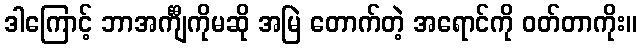
ဒါကြောင့် ဘာအင်္ကျီကိုမဆို အမြဲ တောက်တဲ့ အရောင်ကို ဝတ်တာကိုး။